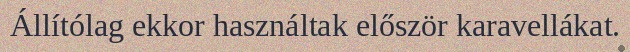
Állítólag ekkor használtak először karavellákat.